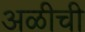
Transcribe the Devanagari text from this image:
अळीची